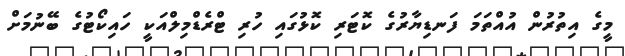
މީގެ އިތުރުން އުއްތަމަ ފަނޑިޔާރުގެ ކޮޓަރި ކޮޅުގައި ހުރި ޓްރެޑްމިލްއަކީ ހައިކޯޓުގެ ބޭނުމަށް